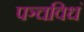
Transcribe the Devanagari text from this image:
पञ्चविधं